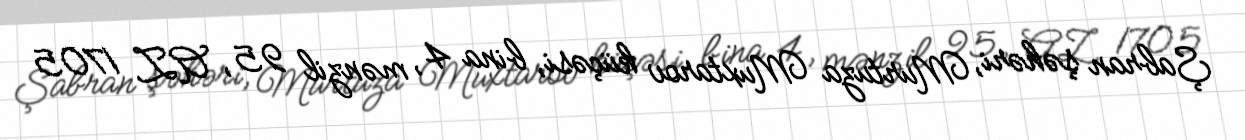
Şabran şəhəri, Murtuza Muxtarov küçəsi, bina 4, mənzil 95, AZ 1705